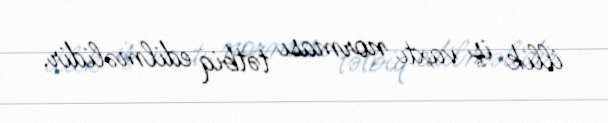
illik iş vaxtı norması tətbiq edilməlidir.